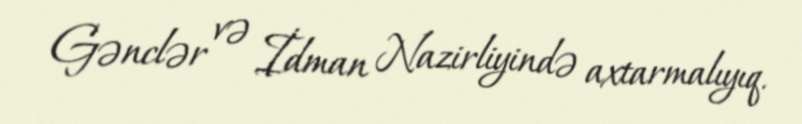
Gənclər və İdman Nazirliyində axtarmalıyıq.